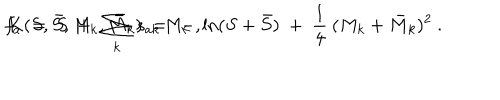
LaTeX: f _ { a } \ = \ S \ + \ \sum _ { k } \, s _ { a k } \, M _ { k } \ , \hspace { 1 c m } K ( S , \bar { S } , M _ { k } , \bar { M } _ { k } ) \ = \ - \, \ln ( S + \bar { S } ) \ + \ \frac { 1 } { 4 } \: ( M _ { k } + \bar { M } _ { k } ) ^ { 2 } \ .